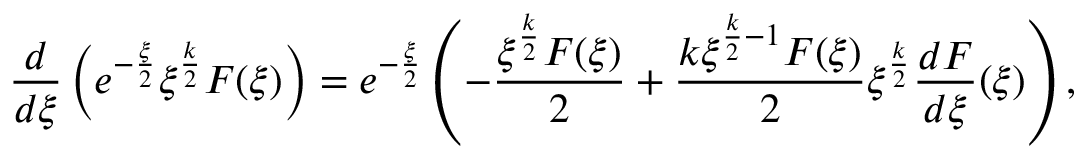
\frac { d } { d \xi } \left( e ^ { - \frac { \xi } { 2 } } \xi ^ { \frac { k } { 2 } } F ( \xi ) \right) = e ^ { - \frac { \xi } { 2 } } \left( - \frac { \xi ^ { \frac { k } { 2 } } F ( \xi ) } { 2 } + \frac { k \xi ^ { \frac { k } { 2 } - 1 } F ( \xi ) } { 2 } \xi ^ { \frac { k } { 2 } } \frac { d F } { d \xi } ( \xi ) \right) ,